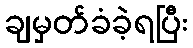
ချမှတ်ခံခဲ့ရပြီး